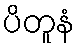
ပိတူနံ